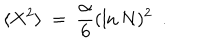
\langle X ^ { 2 } \rangle ~ = ~ \frac { \alpha } { 6 } ( \ln N ) ^ { 2 } ~ ~ .